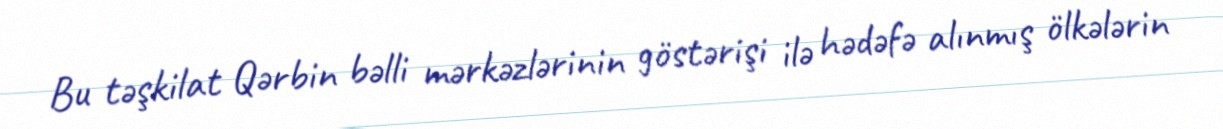
Bu təşkilat Qərbin bəlli mərkəzlərinin göstərişi ilə hədəfə alınmış ölkələrin